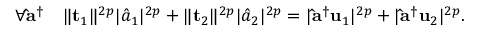
\forall \mathbf { \hat { a } } ^ { \dag } \quad \lVert \mathbf { t } _ { 1 } \rVert ^ { 2 p } \lvert \hat { a } _ { 1 } \rvert ^ { 2 p } + \lVert \mathbf { t } _ { 2 } \rVert ^ { 2 p } \lvert \hat { a } _ { 2 } \rvert ^ { 2 p } = \lvert \mathbf { \hat { a } } ^ { \dag } \mathbf { u } _ { 1 } \rvert ^ { 2 p } + \lvert \mathbf { \hat { a } } ^ { \dag } \mathbf { u } _ { 2 } \rvert ^ { 2 p } .